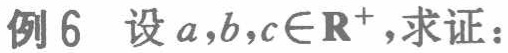
例6 设 \(a,b,c\in\mathbf{R}^{+}\),求证：